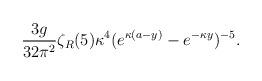
LaTeX: \begin{align*}{3g\over 32\pi^2}\zeta_R(5)\kappa^4(e^{\kappa(a-y)}-e^{-\kappa y})^{-5}.\end{align*}